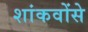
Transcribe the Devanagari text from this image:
शांकवोंसे